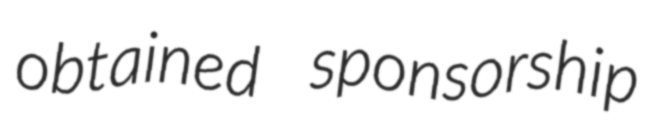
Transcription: obtained sponsorship